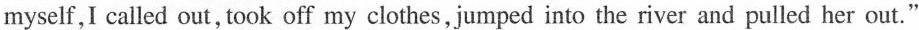
myself, I called out, took off my clothes, jumped into the river and pulled her out."